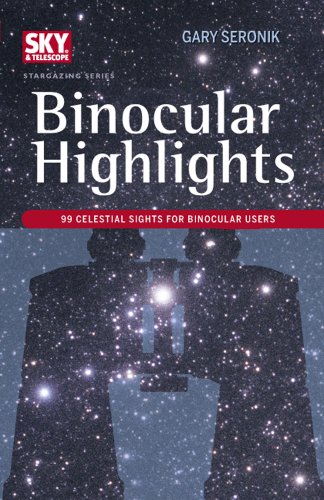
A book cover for Binocular Highlights: 99 Celestial Sights for Binocular Users (Sky & Telescope Stargazing); Gary Seronik; Science & Math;